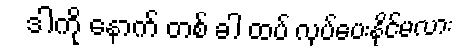
ဒါကို နောက် တစ် ခါ ထပ် လုပ်ပေးနိုင်မလား